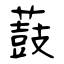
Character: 薣